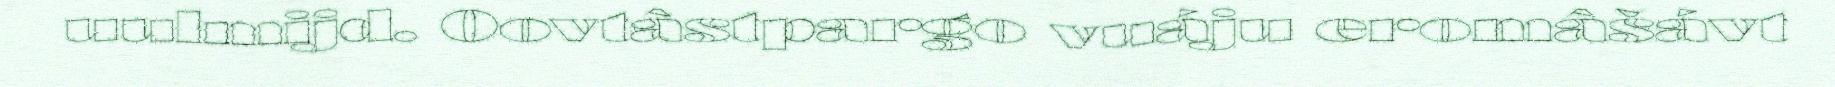
uulmijd. Oovtâstpargo vuáju eromâšávt